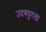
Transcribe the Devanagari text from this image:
उदयपूरला